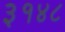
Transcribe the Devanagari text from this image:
३१४८